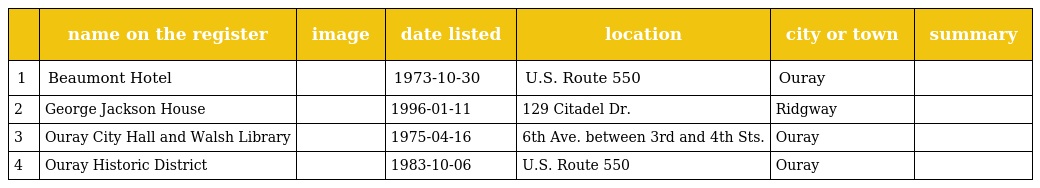
|  | name on the register | image | date listed | location | city or town | summary |
 | --- | --- | --- | --- | --- | --- | --- |
 | 1 | Beaumont Hotel |  | 1973-10-30 | U.S. Route 550 | Ouray |  |
 | 2 | George Jackson House |  | 1996-01-11 | 129 Citadel Dr. | Ridgway |  |
 | 3 | Ouray City Hall and Walsh Library |  | 1975-04-16 | 6th Ave. between 3rd and 4th Sts. | Ouray |  |
 | 4 | Ouray Historic District |  | 1983-10-06 | U.S. Route 550 | Ouray |  |